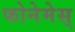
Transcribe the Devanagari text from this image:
फोनेमेस्